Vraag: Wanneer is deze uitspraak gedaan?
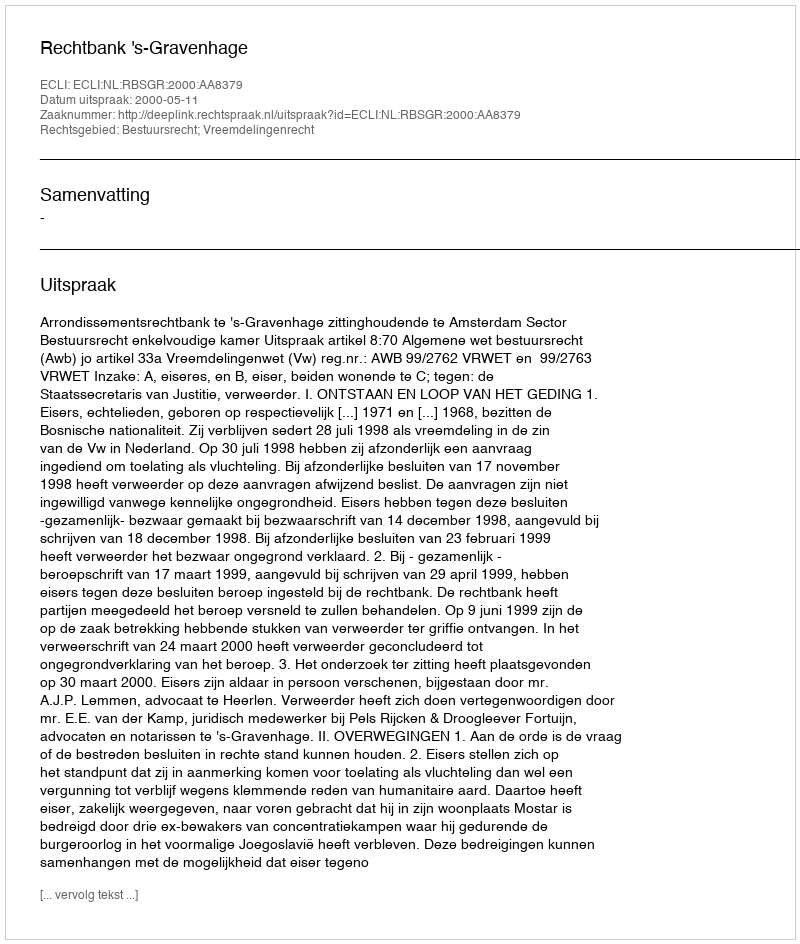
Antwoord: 2000-05-11